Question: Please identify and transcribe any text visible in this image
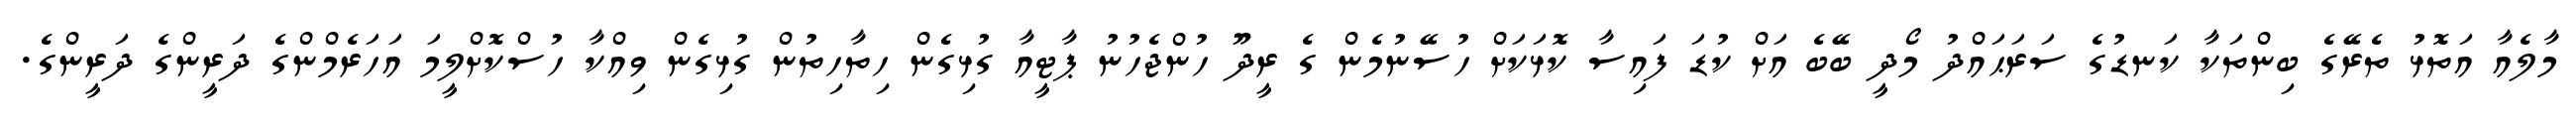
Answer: މާލެއާ އަތޮޅު ތެރޭގެ ބިންތަކާ ކަނޑުގެ ސަރަޙައްދު މޯދީ ބޭބެ އަށް ކުޑަ ފައިސާ ކޮޅަކަށް ހުސޭނުމެން ގެ ރީދޫ ހުންޖެހުނު ޕާޓީއާ ގުޅިގެން ހިތާހިތުން ގުޅިގެން ވިއްކާ ހުސްކޮށްލީމަ އަހަރެމްންގެ ދަރީންގެ ދަރީންގެ.